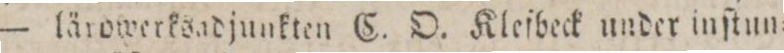
— lärowerksadjunkten C. D. Kleſbeck under inſtun=